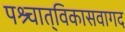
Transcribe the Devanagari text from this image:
पश्र्चात्‌विकासवागद